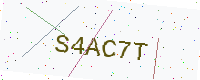
Text: S4AC7T